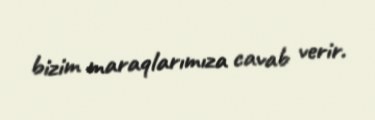
bizim maraqlarımıza cavab verir.